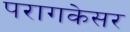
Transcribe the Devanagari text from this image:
परागकेसर